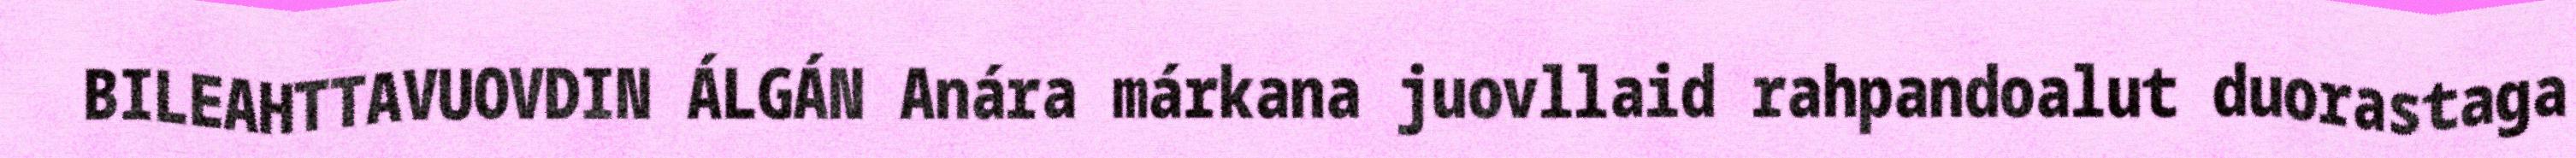
BILEAHTTAVUOVDIN ÁLGÁN Anára márkana juovllaid rahpandoalut duorastaga